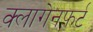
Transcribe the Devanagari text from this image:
क्लागेनफर्ट